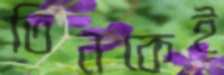
তিনকেই